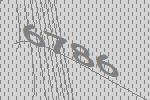
6786